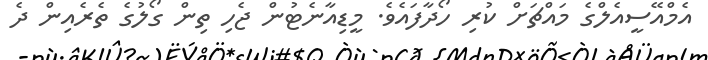
އެމްއޭސީއެލްގެ މައްޗަށް ކުރި ހޯދާފައެވެ. މީޑިއާނެޓުން ޖެހި ތިން ގޯލުގެ ތެރެއިން ދެ